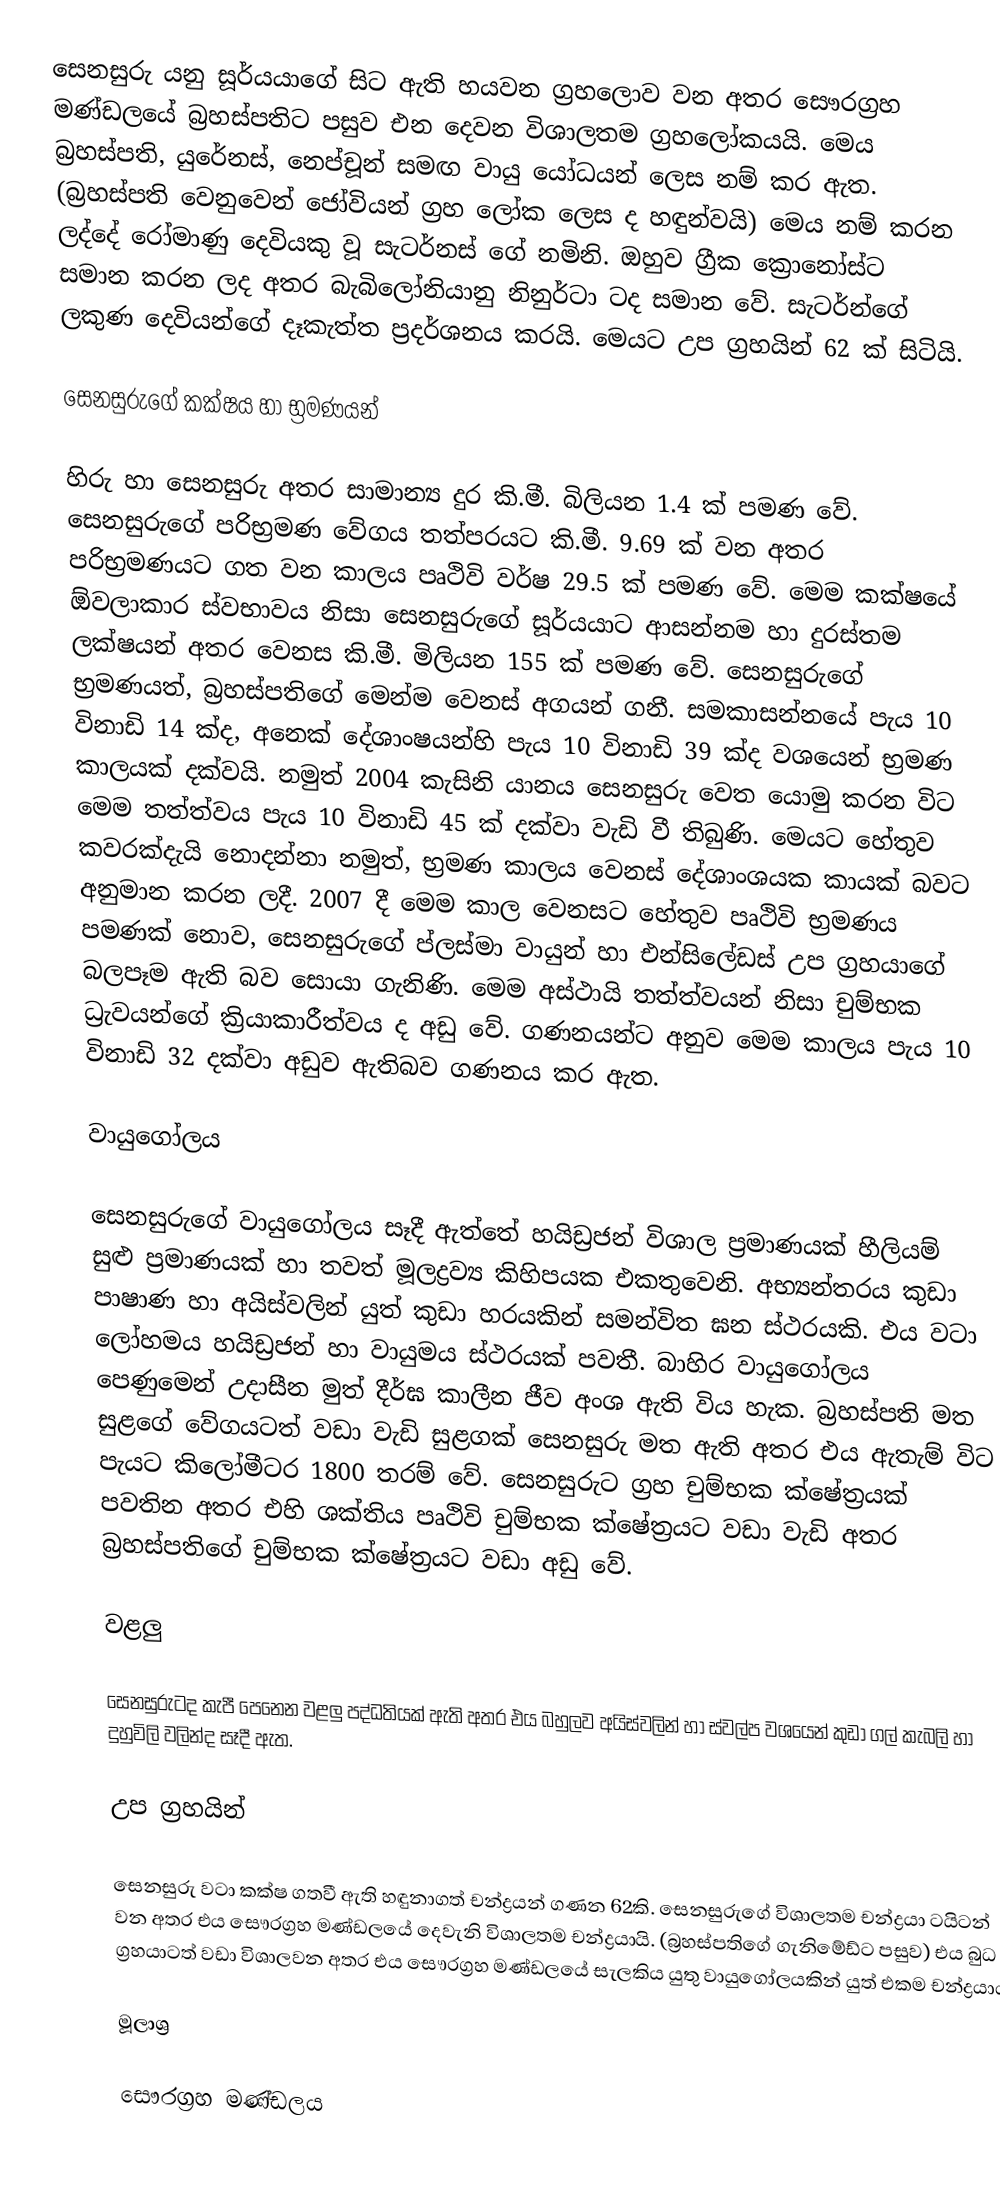
සෙනසුරු යනු සූර්යයාගේ සිට ඇති හයවන ග්‍රහලොව වන අතර සෞරග්‍රහ මණ්ඩලයේ බ්‍රහස්පතිට පසුව එන දෙවන විශාලතම ග්‍රහලෝකයයි. මෙය බ්‍රහස්පති, යුරේනස්, නෙප්චූන් සමඟ වායු යෝධයන් ලෙස නම් කර ඇත. (බ්‍රහස්පති වෙනුවෙන් ජෝවියන් ග්‍රහ ලෝක ලෙස ද හඳුන්වයි) මෙය නම් කරන ලද්දේ රෝමාණු දෙවියකු වූ සැටර්නස් ගේ නමිනි. ඔහුව ග්‍රීක ක්‍රොනෝස්ට සමාන කරන ලද අතර බැබිලෝනියානු නිනුර්ටා ටද සමාන වේ. සැටර්න්ගේ ලකුණ දෙවියන්ගේ දෑකැත්ත ප්‍රදර්ශනය කරයි. මෙයට  උප ග්‍රහයින් 62 ක් සිටියි.

සෙනසුරුගේ කක්ෂය හා භ්‍රමණයන්

හිරු හා සෙනසුරු අතර සාමාන්‍ය දුර කි.මී. බිලියන 1.4 ක් පමණ වේ. සෙනසුරුගේ පරිභ්‍රමණ වේගය තත්පරයට කි.මී. 9.69 ක් වන අතර පරිභ්‍රමණයට ගත වන කාලය පෘථිවි වර්ෂ 29.5 ක් පමණ වේ.  මෙම කක්ෂයේ ඕවලාකාර ස්වභාවය නිසා සෙනසුරුගේ සූර්යයාට ආසන්නම හා දුරස්තම ලක්ෂයන් අතර වෙනස කි.මී. මිලියන 155 ක් පමණ වේ. සෙනසුරුගේ භ්‍රමණයත්, බ්‍රහස්පතිගේ මෙන්ම වෙනස් අගයන් ගනී. සමකාසන්නයේ පැය 10 විනාඩි 14 ක්ද, අනෙක් දේශාංෂයන්හි පැය 10 විනාඩි 39 ක්ද වශයෙන් භ්‍රමණ කාලයක් දක්වයි. නමුත් 2004 කැසිනි යානය සෙනසුරු වෙත යොමු කරන විට මෙම තත්ත්වය පැය 10 විනාඩි 45 ක් දක්වා වැඩි වී තිබුණි.  මෙයට හේතුව කවරක්දැයි නොදන්නා නමුත්, භ්‍රමණ කාලය වෙනස් දේශාංශයක කායක් බවට අනුමාන කරන ලදී. 2007 දී මෙම කාල වෙනසට හේතුව පෘථිවි භ්‍රමණය පමණක් නොව, සෙනසුරුගේ ප්ලස්මා වායුන් හා එන්සිලේඩස් උප ග්‍රහයාගේ බලපෑම ඇති බව සොයා ගැනිණි. මෙම අස්ථායි තත්ත්වයන් නිසා චුම්භක ධ්‍රැවයන්ගේ ක්‍රියාකාරීත්වය ද අඩු වේ. ගණනයන්ට අනුව මෙම කාලය පැය 10 විනාඩි 32 දක්වා අඩුව ඇතිබව ගණනය කර ඇත.

වායුගෝලය

සෙනසුරුගේ වායුගෝලය සෑදී ඇත්තේ හයිඩ්‍රජන් විශාල ප්‍රමාණයක් හීලියම් සුළු ප්‍රමාණයක් හා තවත් මූලද්‍රව්‍ය කිහිපයක එකතුවෙනි. අභ්‍යන්තරය කුඩා පාෂාණ හා අයිස්වලින් යුත් කුඩා හරයකින් සමන්විත ඝන ස්ථරයකි. එය වටා ලෝහමය හයිඩ්‍රජන් හා වායුමය ස්ථරයක් පවතී. බාහිර වායුගෝලය පෙණුමෙන් උදාසීන මුත් දීර්ඝ කාලීන ජීව අංශ ඇති විය හැක. බ්‍රහස්පති මත සුළගේ වේග‍යටත් වඩා වැඩි සුළගක් සෙනසුරු මත ඇති අතර එය ඇතැම් විට පැයට කිලෝමීටර 1800 තරම් වේ. සෙනසුරුට ග්‍රහ චුම්භක ක්ෂේත්‍රයක් පවතින අතර එහි ශක්තිය පෘථිවි චුම්භක ක්ෂේත්‍රයට වඩා වැඩි අතර බ්‍රහස්පතිගේ චුම්භක ක්ෂේත්‍රයට වඩා අඩු වේ.

වළලු

සෙනසුරුටද කැපී පෙනෙන වළලු පද්ධතියක් ඇති අතර එය බහුලව අයිස්වලින් හා ස්වල්ප වශයෙන් කුඩා ගල් කැබලි හා දුහුවිලි වලින්ද සෑදී ඇත.

උප ග්‍රහයින්

සෙනසුරු වටා කක්ෂ ගතවී ඇති හඳුනාගත් චන්ද්‍රයන් ගණන 62කි. සෙනසුරුගේ විශාලතම චන්ද්‍රයා ටයිටන් වන අතර එය සෞරග්‍රහ මණ්ඩලයේ දෙවැනි විශාලතම චන්ද්‍රයායි. (බ්‍රහස්පතිගේ ගැනිමේඩ්ට පසුව) එය බුධ ග්‍රහයාටත් වඩා විශාලවන අතර එය සෞරග්‍රහ මණ්ඩලයේ සැලකිය යුතු වායුගෝලයකින් යුත් එකම චන්ද්‍රයාය.

මූලාශ්‍ර

සෞරග්‍රහ මණ්ඩලය